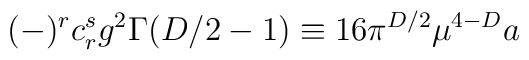
(-)^rc_r^sg^2\Gamma (D/2-1)\equiv 16\pi ^{D/2}\mu ^{4-D}a